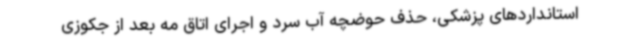
استانداردهای پزشکی، حذف حوضچه آب سرد و اجرای اتاق مه بعد از جکوزی